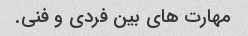
مهارت های بین فردی و فنی.